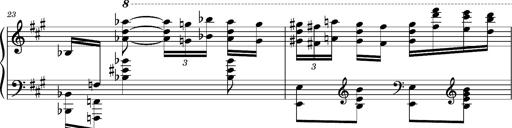
Title: Ungarischer Romanzero
Composer: Franz Liszt